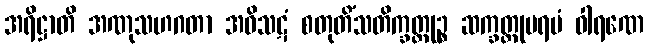
အရိဋ္ဌာတိ အဏုသဟဂတာ အဝိသဋံ စတုတိံသတိက္ခတ္တုဉ္စ ဆက္ခတ္တုပရမံ ဝါရဏေ